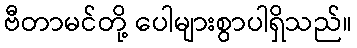
ဗီတာမင်တို့ ပေါများစွာပါရှိသည်။